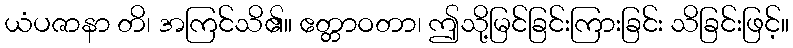
ယံပဇာနာ တိ၊ အကြင်သိ၏။ ဧတ္တာဝတာ၊ ဤသို့မြင်ခြင်းကြားခြင်း သိခြင်းဖြင့်။